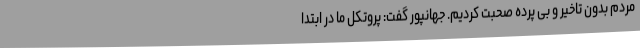
مردم بدون تاخیر و بی پرده صحبت کردیم. جهانپور گفت: پروتکل ما در ابتدا